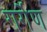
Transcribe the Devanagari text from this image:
गर्गेण